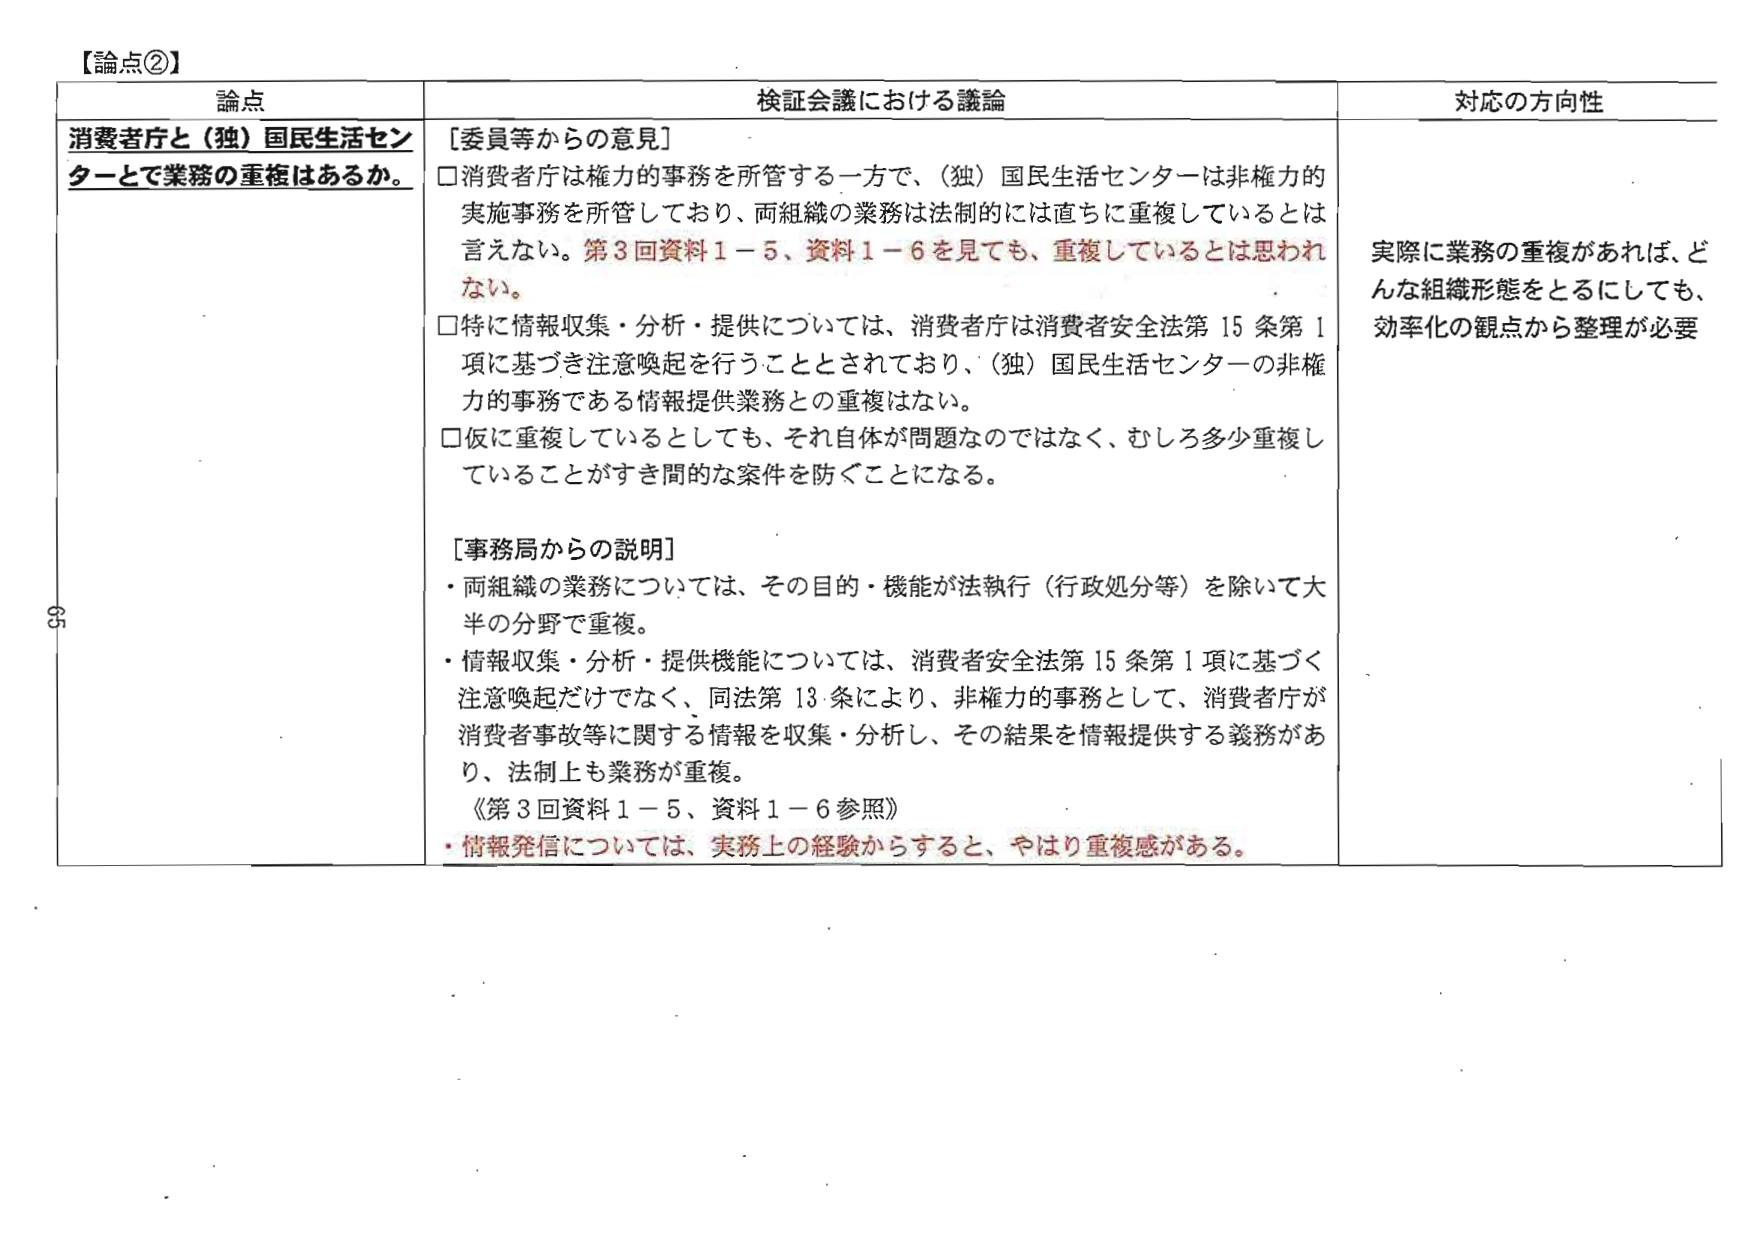
【論点②】

論点
消費者庁と（独）国民生活センターとで業務の重複はあるか。

検証会議における議論
［委員等からの意見］
□消費者庁は権力的事務を所管する一方で、（独）国民生活センターは非権力的実施事務を所管しており、両組織の業務は法制的には直ちに重複しているとは言えない。第3回資料1－5、資料1－6を見ても、重複しているとは思われない。
□特に情報収集・分析・提供については、消費者庁は消費者安全法第15条第1項に基づき注意喚起を行うこととされており、（独）国民生活センターの非権力的事務である情報提供業務との重複はない。
□仮に重複しているとしても、それ自体が問題なのではなく、むしろ多少重複していることがすき間的な案件を防ぐことになる。

［事務局からの説明］
・両組織の業務については、その目的・機能が法執行（行政処分等）を除いて大半の分野で重複。
・情報収集・分析・提供機能については、消費者安全法第15条第1項に基づく注意喚起だけでなく、同法第13条により、非権力的事務として、消費者庁が消費者事故等に関する情報を収集・分析し、その結果を情報提供する義務があり、法制上も業務が重複。
《第3回資料1－5、資料1－6参照》
・情報発信については、実務上の経験からすると、やはり重複感がある。

対応の方向性
実際に業務の重複があれば、どんな組織形態をとるにしても、効率化の観点から整理が必要